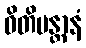
ဓိတိမန္တာနံ